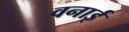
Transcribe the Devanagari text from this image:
वनाई